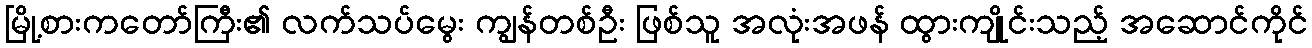
မြို့စားကတော်ကြီး၏ လက်သပ်မွေး ကျွန်တစ်ဦး ဖြစ်သူ အလုံးအဖန် ထွားကျိုင်းသည့် အဆောင်ကိုင်